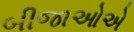
બીજાઓએ